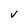
Character: V